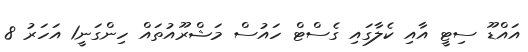
އައްޑޫ ސިޓީ އާއި ކެލާގައި ގެސްޓް ހައުސް މަޝްރޫއުތައް ހިންގަނީ1 އަހަރު 8